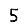
Digit: 5